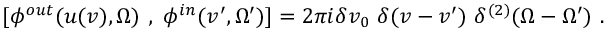
~ [ \phi ^ { o u t } ( u ( v ) , \Omega ) ~ , ~ \phi ^ { i n } ( v ^ { \prime } , \Omega ^ { \prime } ) ] = 2 \pi i \delta v _ { 0 } ~ \delta ( v - v ^ { \prime } ) ~ \delta ^ { ( 2 ) } ( \Omega - \Omega ^ { \prime } ) ~ .